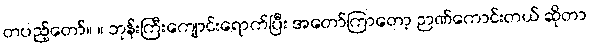
တပည့်တော်။ ။ ဘုန်းကြီးကျောင်းရောက်ပြီး အတော်ကြာတော့ ဉာဏ်ကောင်းတယ် ဆိုတာ